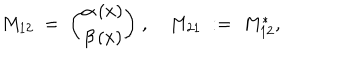
M _ { 1 2 } \; = \; { \binom { \alpha \, ( x ) } { \beta \, ( x ) } } \; , \quad M _ { 2 1 } \; : = \; M _ { 1 2 } ^ { * } ,